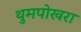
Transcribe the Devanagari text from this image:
थुमपोखरा